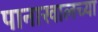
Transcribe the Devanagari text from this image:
पानाखालच्या